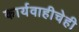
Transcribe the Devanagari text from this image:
कार्यवाहीचेही